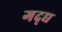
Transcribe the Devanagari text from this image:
गद्द्य